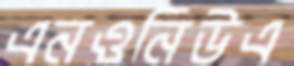
এনওনিউএ